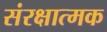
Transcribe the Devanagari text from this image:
संरक्षात्मक